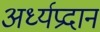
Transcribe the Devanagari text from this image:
अर्ध्यप्रदान